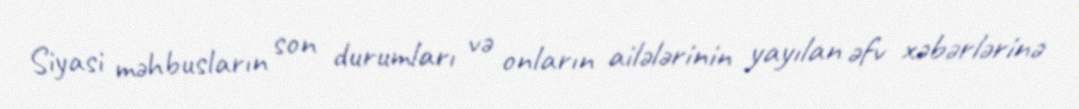
Siyasi məhbusların son durumları və onların ailələrinin yayılan əfv xəbərlərinə